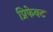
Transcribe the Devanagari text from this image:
प्रिफेक्ट